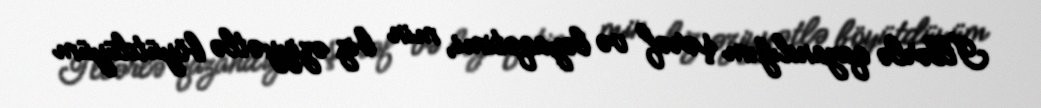
İllərlə qazandığım şərəf və ləyaqətimi, min biz əziyyətlə böyütdüyüm